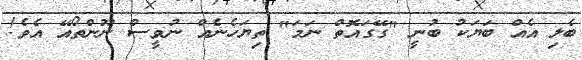
ބެލި އެއް ބަޔަކު ބުނީ "ގޭގައޮތް ނަމަ" ތިޔަހެނެއް ނުވީސް ނޫންތޯއޭ އެވެ!